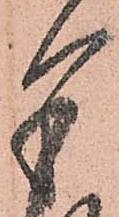
余